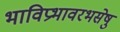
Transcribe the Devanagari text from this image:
भाविप्रभावरभसेषु